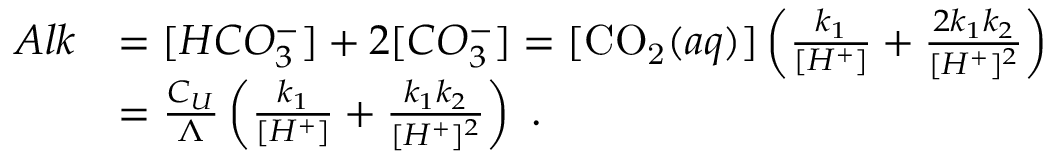
\begin{array} { r l } { A l k } & { = [ H C O _ { 3 } ^ { - } ] + 2 [ C O _ { 3 } ^ { - } ] = [ \ensuremath { \mathrm { C O _ { 2 } } } ( a q ) ] \left( \frac { k _ { 1 } } { [ H ^ { + } ] } + \frac { 2 k _ { 1 } k _ { 2 } } { [ H ^ { + } ] ^ { 2 } } \right) } \\ & { = \frac { C _ { U } } { \Lambda } \left( \frac { k _ { 1 } } { [ H ^ { + } ] } + \frac { k _ { 1 } k _ { 2 } } { [ H ^ { + } ] ^ { 2 } } \right) \mathrm { ~ . } } \end{array}